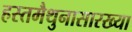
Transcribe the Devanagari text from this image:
हस्तमैथुनासारख्या